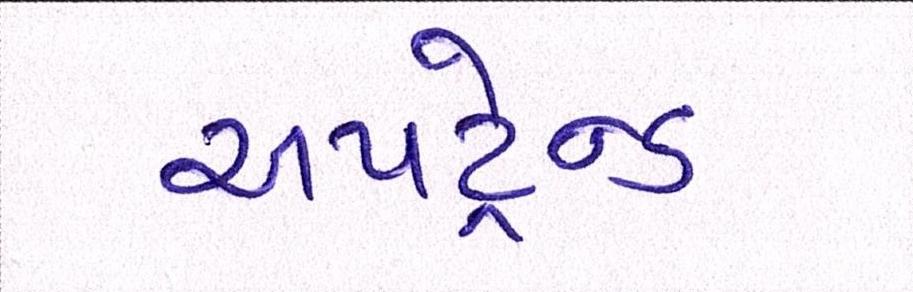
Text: અપટ્રેન્ડ